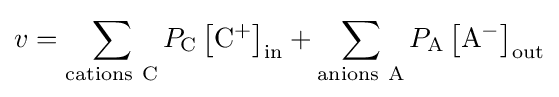
v=\sum _{\mathrm {cations\ C} }P_{\mathrm {C} }\left[\mathrm {C} ^{+}\right]_{\mathrm {in} }+\sum _{\mathrm {anions\ A} }P_{\mathrm {A} }\left[\mathrm {A} ^{-}\right]_{\mathrm {out} }